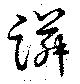
蹸